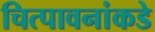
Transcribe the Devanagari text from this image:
चित्पावनांकडे